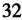
32